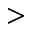
>